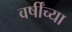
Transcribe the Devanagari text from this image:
वर्षींच्या